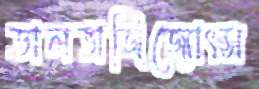
ডালভাজিজ্যোৎস